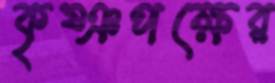
কৃষ্ঞপক্ষের